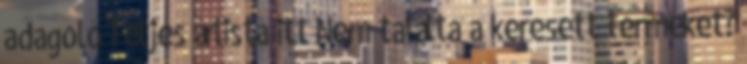
adagoló Teljes árlista itt Nem találta a keresett terméket?